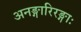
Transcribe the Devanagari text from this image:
अनङ्गारिरङ्गाः